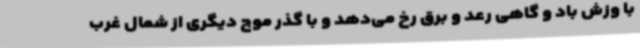
با وزش باد و گاهی رعد و برق رخ می‌دهد و با گذر موج دیگری از شمال غرب